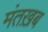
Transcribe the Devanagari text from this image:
मंतख़ब